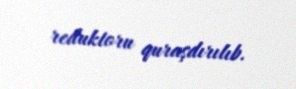
reduktoru quraşdırılıb.